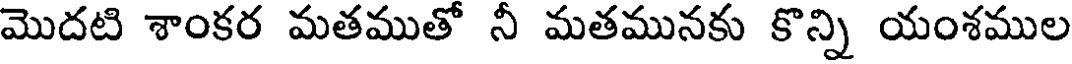
మొదటి శాంకర మతముతో నీ మతమునకు కొన్ని యంశముల